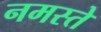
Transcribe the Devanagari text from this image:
नमस्‍ते